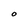
Character: O